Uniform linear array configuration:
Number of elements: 64
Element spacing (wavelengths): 1
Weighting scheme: blackman
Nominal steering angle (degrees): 0
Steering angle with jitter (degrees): -0.5667
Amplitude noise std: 0.05
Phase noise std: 0.05

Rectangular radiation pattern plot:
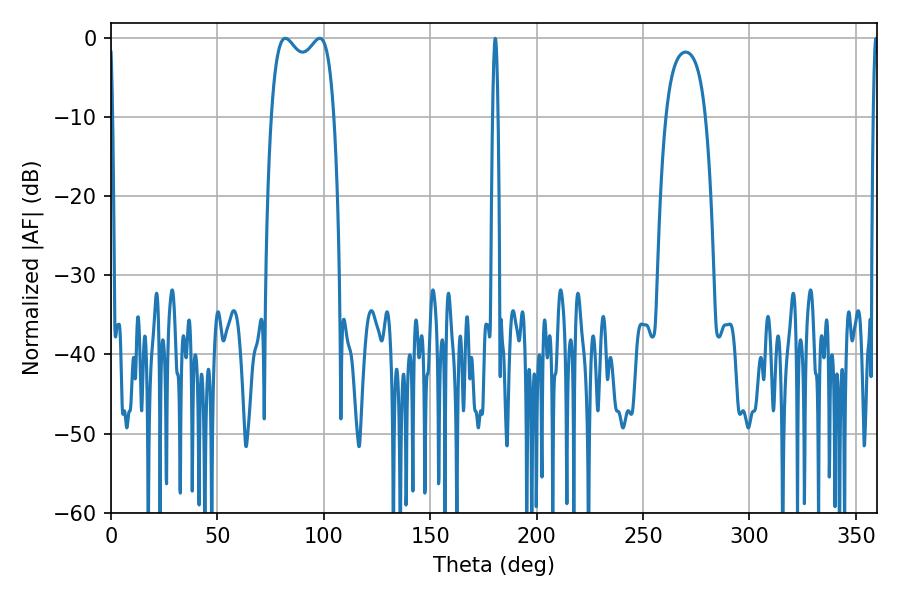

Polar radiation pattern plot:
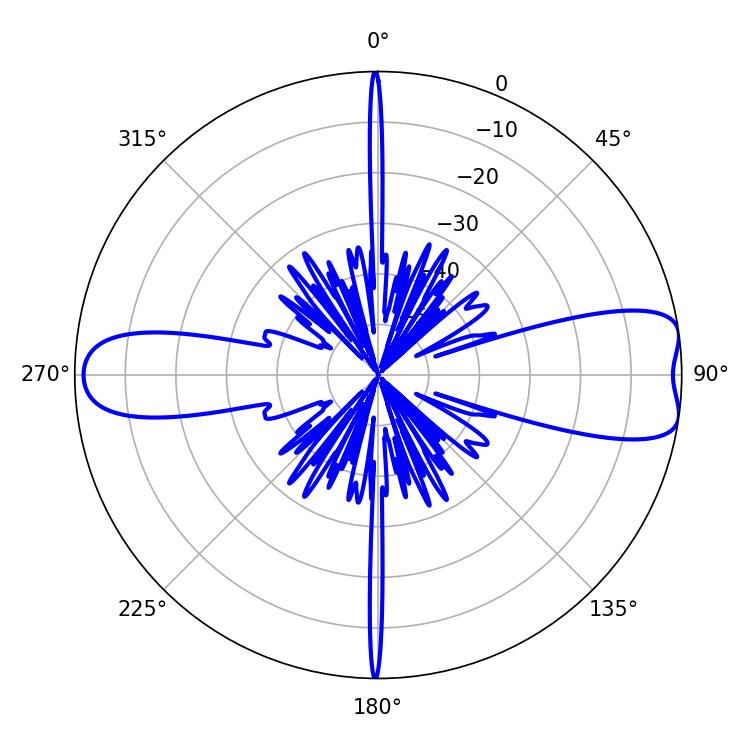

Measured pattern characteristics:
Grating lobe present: TRUE
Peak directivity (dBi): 9.495
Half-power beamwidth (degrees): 24.48
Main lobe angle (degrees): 81.9